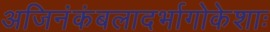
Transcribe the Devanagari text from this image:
अजिनंकंबलादर्भागोकेशाः